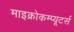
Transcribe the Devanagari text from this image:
माइक्रोकम्प्यूटर्स